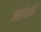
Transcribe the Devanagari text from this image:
जोतीबांनी